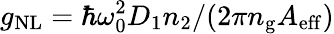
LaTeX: g_{\mathrm{NL}}=\hbar\omega_{0}^{2}D_{1}n_{2}/(2\pi n_{\mathrm{g}}A_{\mathrm{eff}})